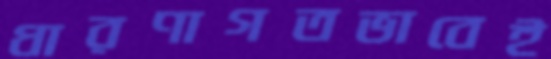
ধারণাগতভাবেই